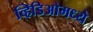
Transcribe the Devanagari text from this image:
व्हिडिओमध्ये